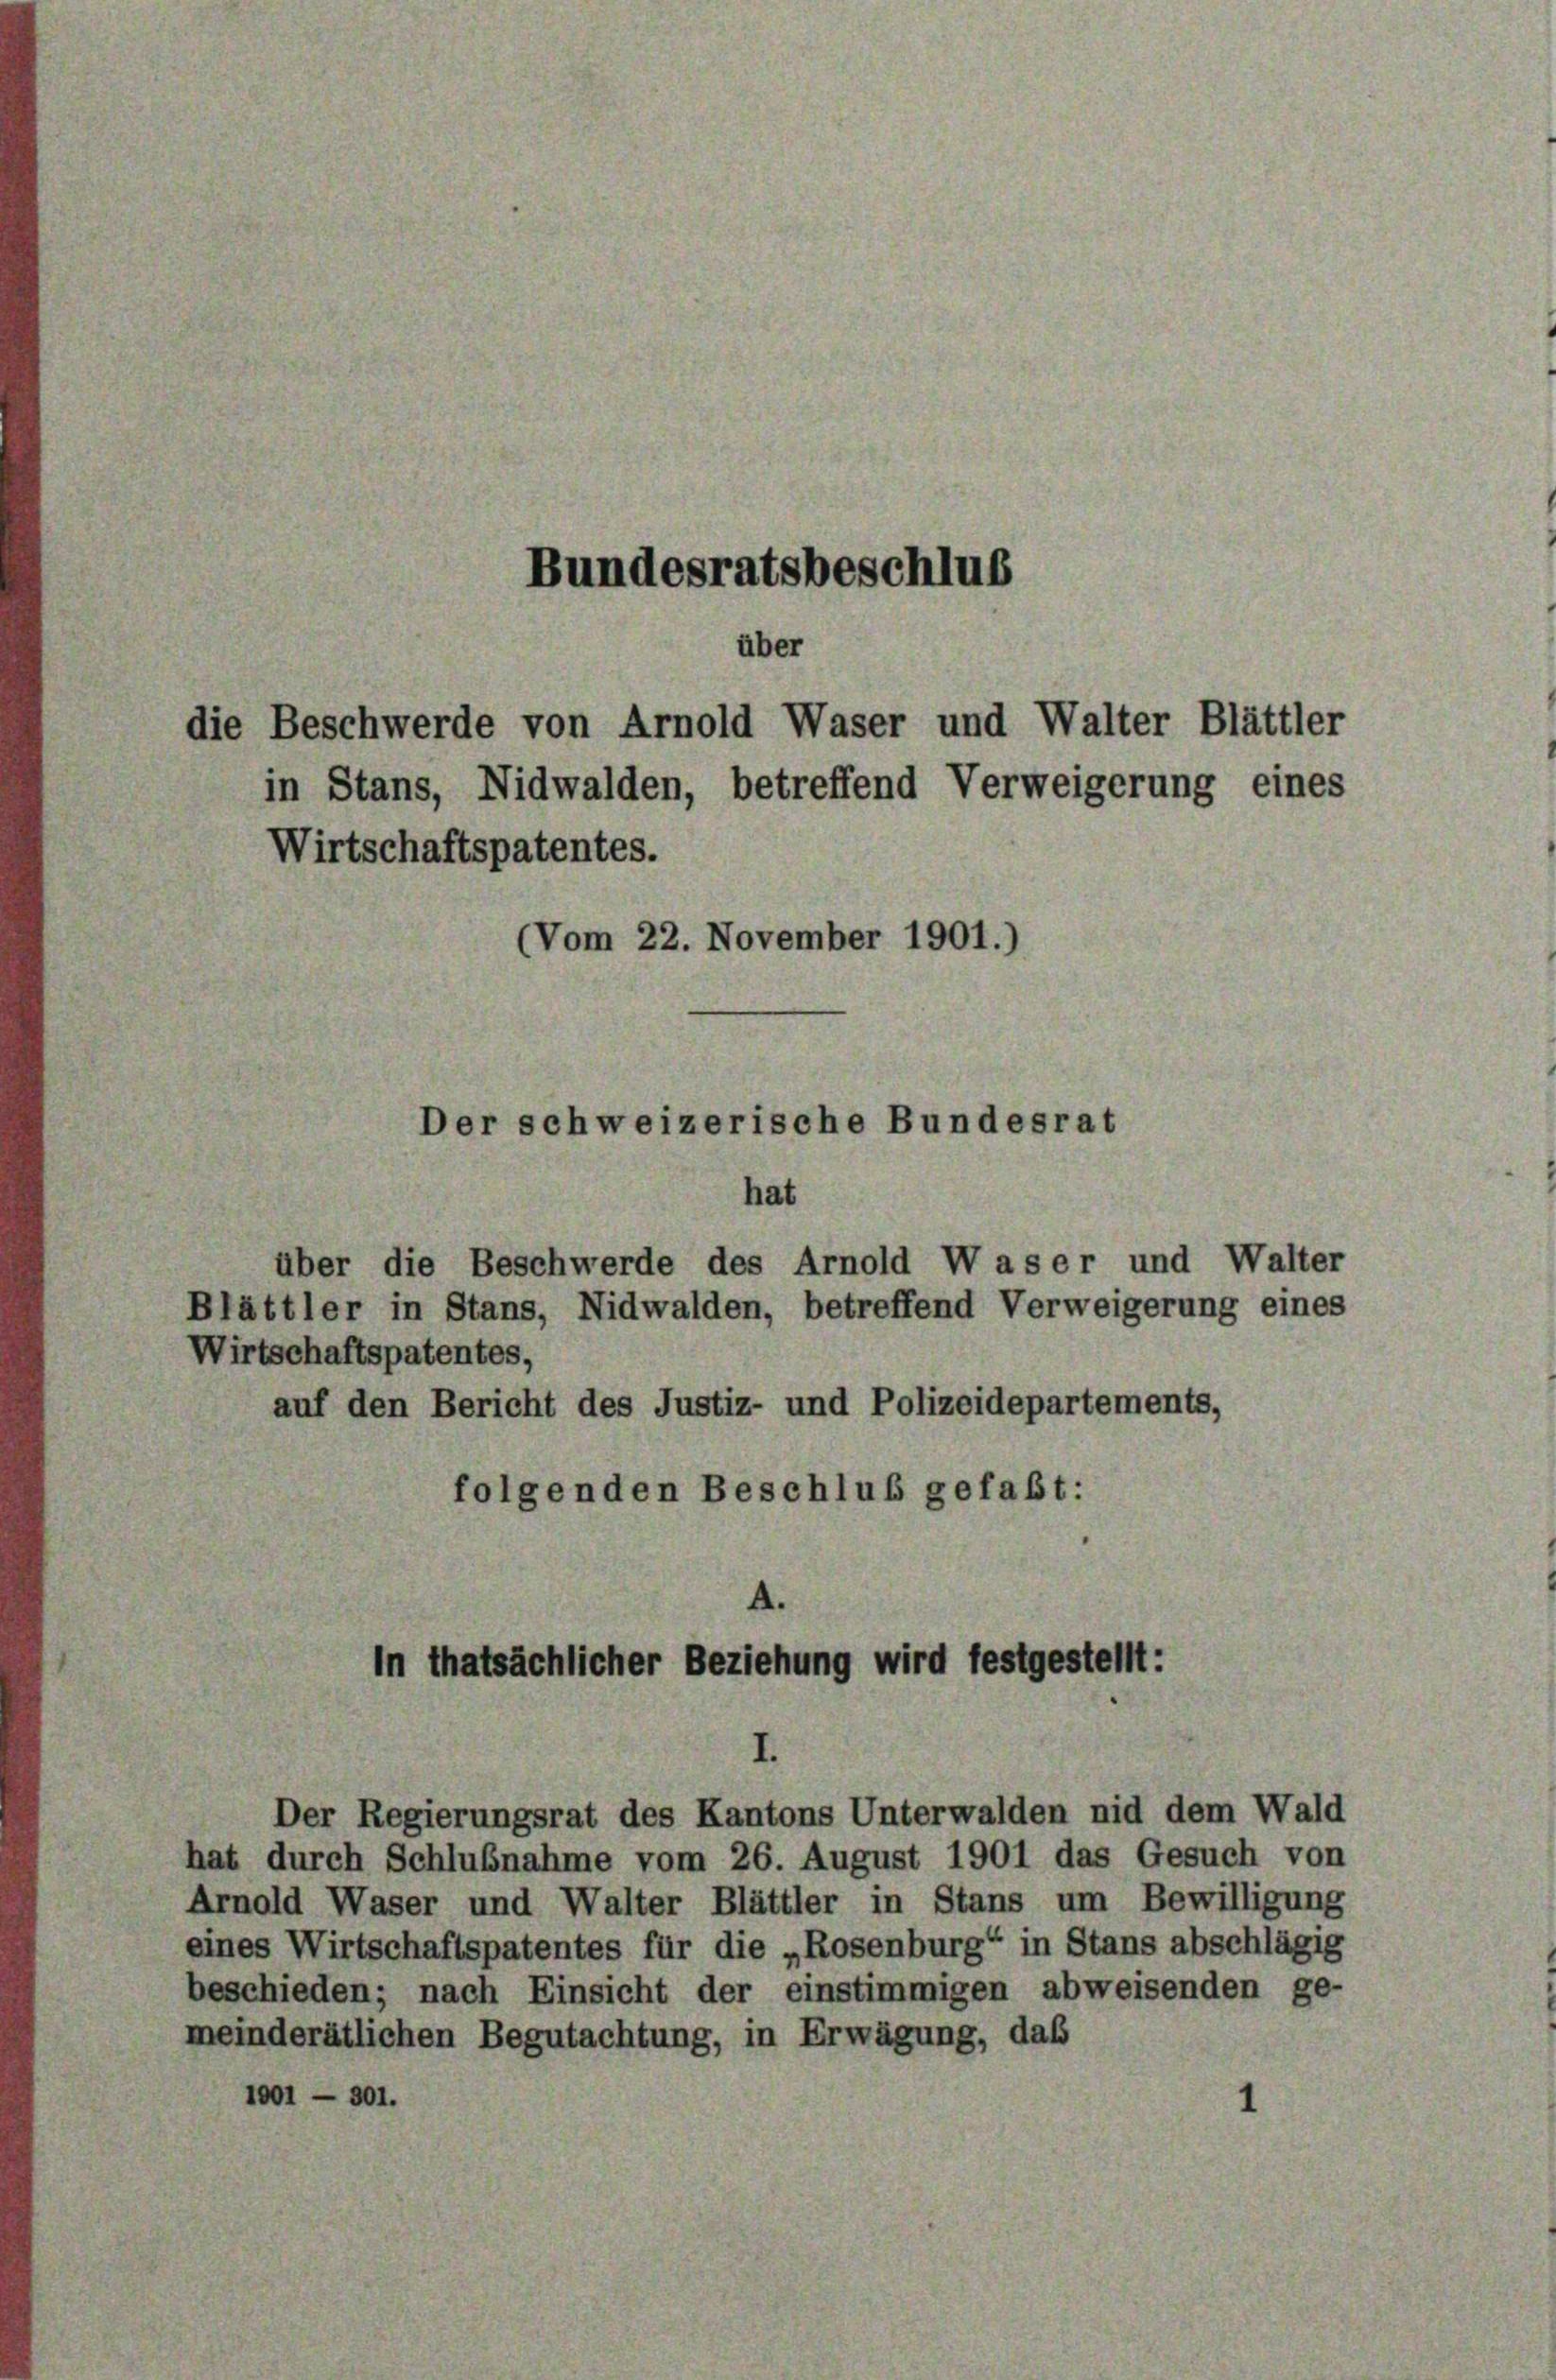
Bundesratsbeschluß
über
die Beschwerde von Arnold Waser und Walter Blättler
in Stans, Nidwalden, betreffend Verweigerung eines
Wirtschaftspatentes.
(Vom 22. November 1901.)
Der schweizerische Bundesrat

hat
über die Beschwerde des Arnold Was er und Walter
Blättler in Stans, Nidwalden, betreffend Verweigerung eines
Wirtschaftspatentes,
auf den Bericht des Justiz- und Polizeidepartements,
folgenden Beschluß gefaßt:

A.
In thatsächlicher Beziehung wird festgestellt:

Der Regierungsrat des Kantons Unterwalden nid dem Wald
hat durch Schlußnahme vom 26. August 1901 das Gesuch von
Arnold Waser und Walter Blättler in Stans um Bewilligung
eines Wirtschaftspatentes für die „Rosenburg“ in Stans abschlägig
beschieden; nach Einsicht der einstimmigen abweisenden ge-
meinderätlichen Begutachtung, in Erwägung, daß
1001 — 301.